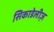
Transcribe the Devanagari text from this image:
सिकाडेलीज़